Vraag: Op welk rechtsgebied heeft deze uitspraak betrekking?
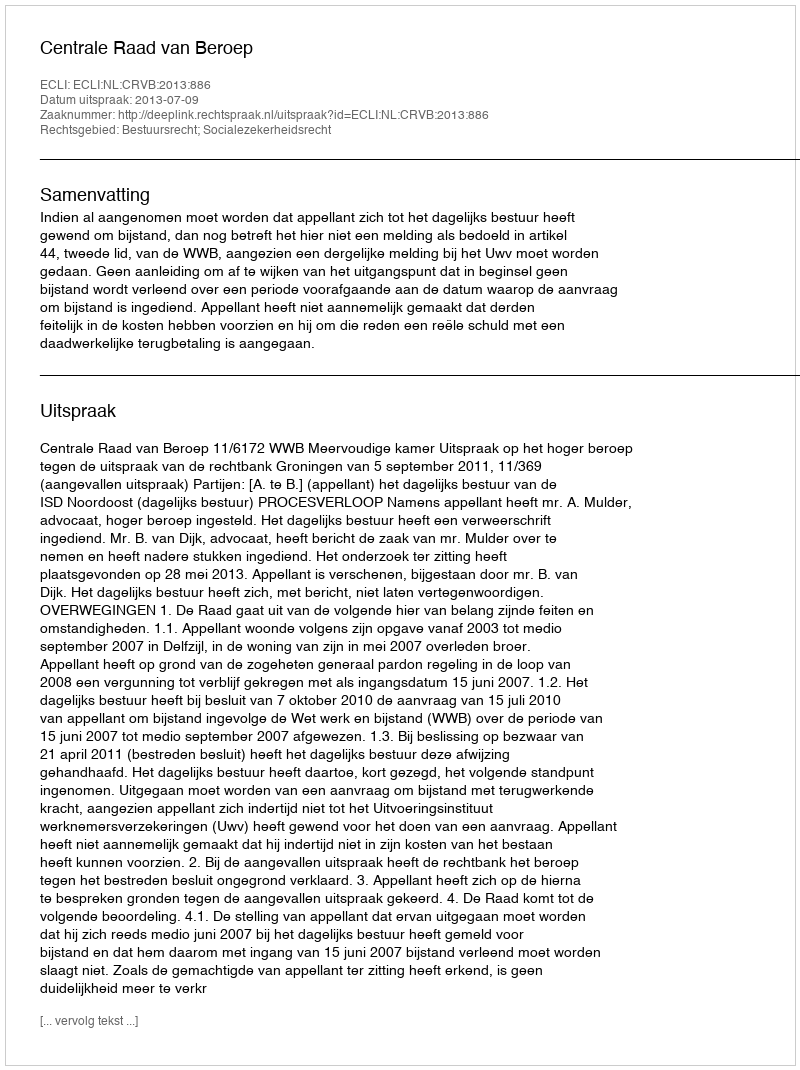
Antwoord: Bestuursrecht; Socialezekerheidsrecht